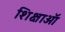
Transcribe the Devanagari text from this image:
शिक्षाऑ